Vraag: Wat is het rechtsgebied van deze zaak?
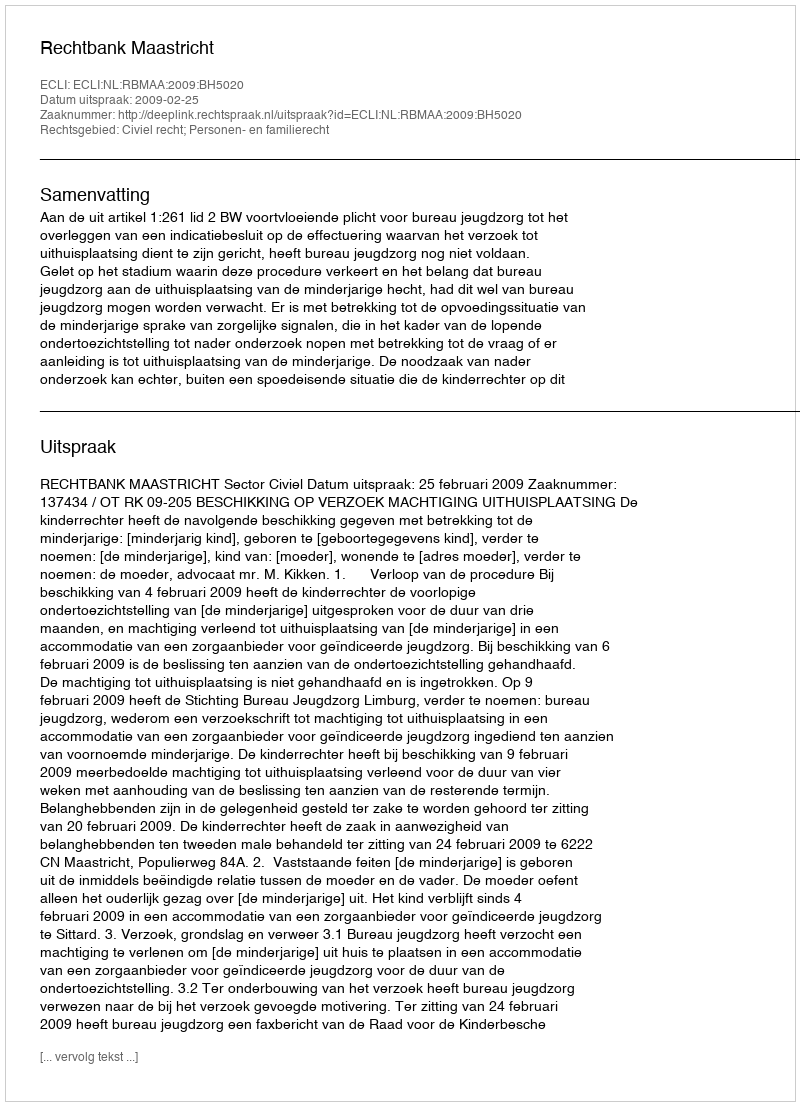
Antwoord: Civiel recht; Personen- en familierecht